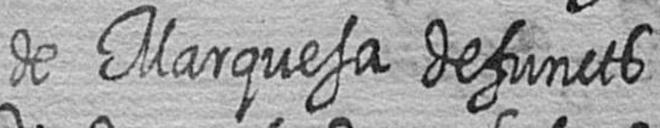
de Marquesa defuncts